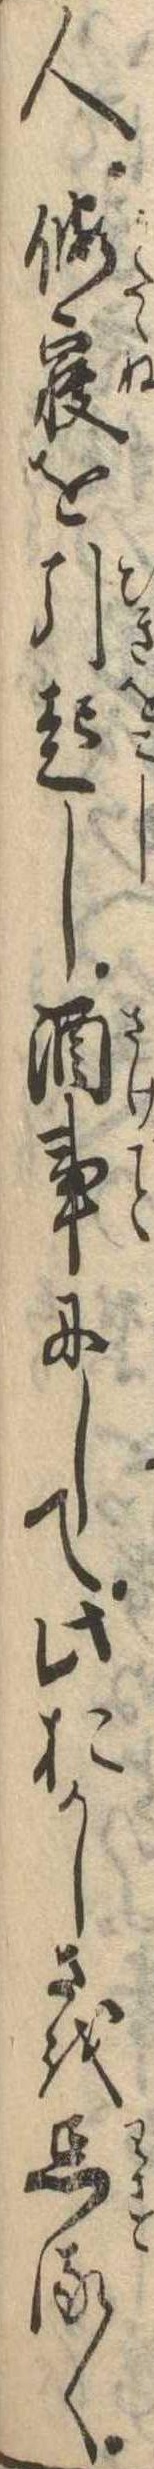
人仮寝を引起し酒事にして此おかしさを忘るゝ